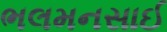
ભલમનસાઈ